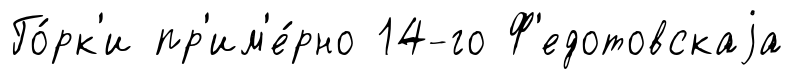
Го́рк'и пр'им'е́рно 14-го Ф'едотовскаjа